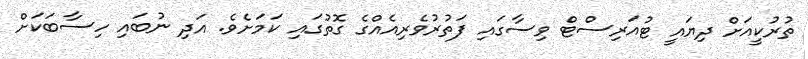
ތުރުކީއަށް ދިޔައީ ޓުއަރިސްޓް ވިސާގައި ފަތުރުވެރިއެއްގެ ގޮތުގައި ކަމަށެވެ. އަދި ނުބައި ހިސާބަކަށް